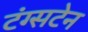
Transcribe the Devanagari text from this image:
टंग्सटेन